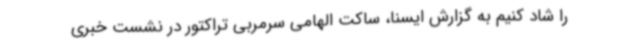
را شاد کنیم به گزارش ایسنا، ساکت الهامی سرمربی تراکتور در نشست خبری